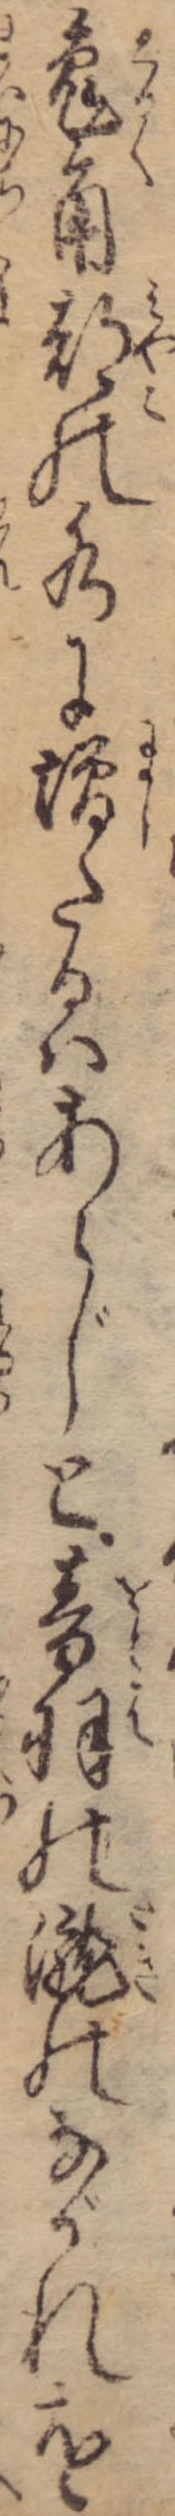
兎角都の水に増たるはあらじと音羽の滝のながれを